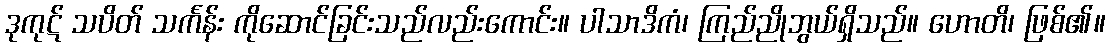
ဒုကုဋ် သပိတ် သင်္ကန်း ကိုဆောင်ခြင်းသည်လည်းကောင်း။ ပါသာဒိကံ၊ ကြည်ညိုဘွယ်ရှိသည်။ ဟောတိ၊ ဖြစ်၏။